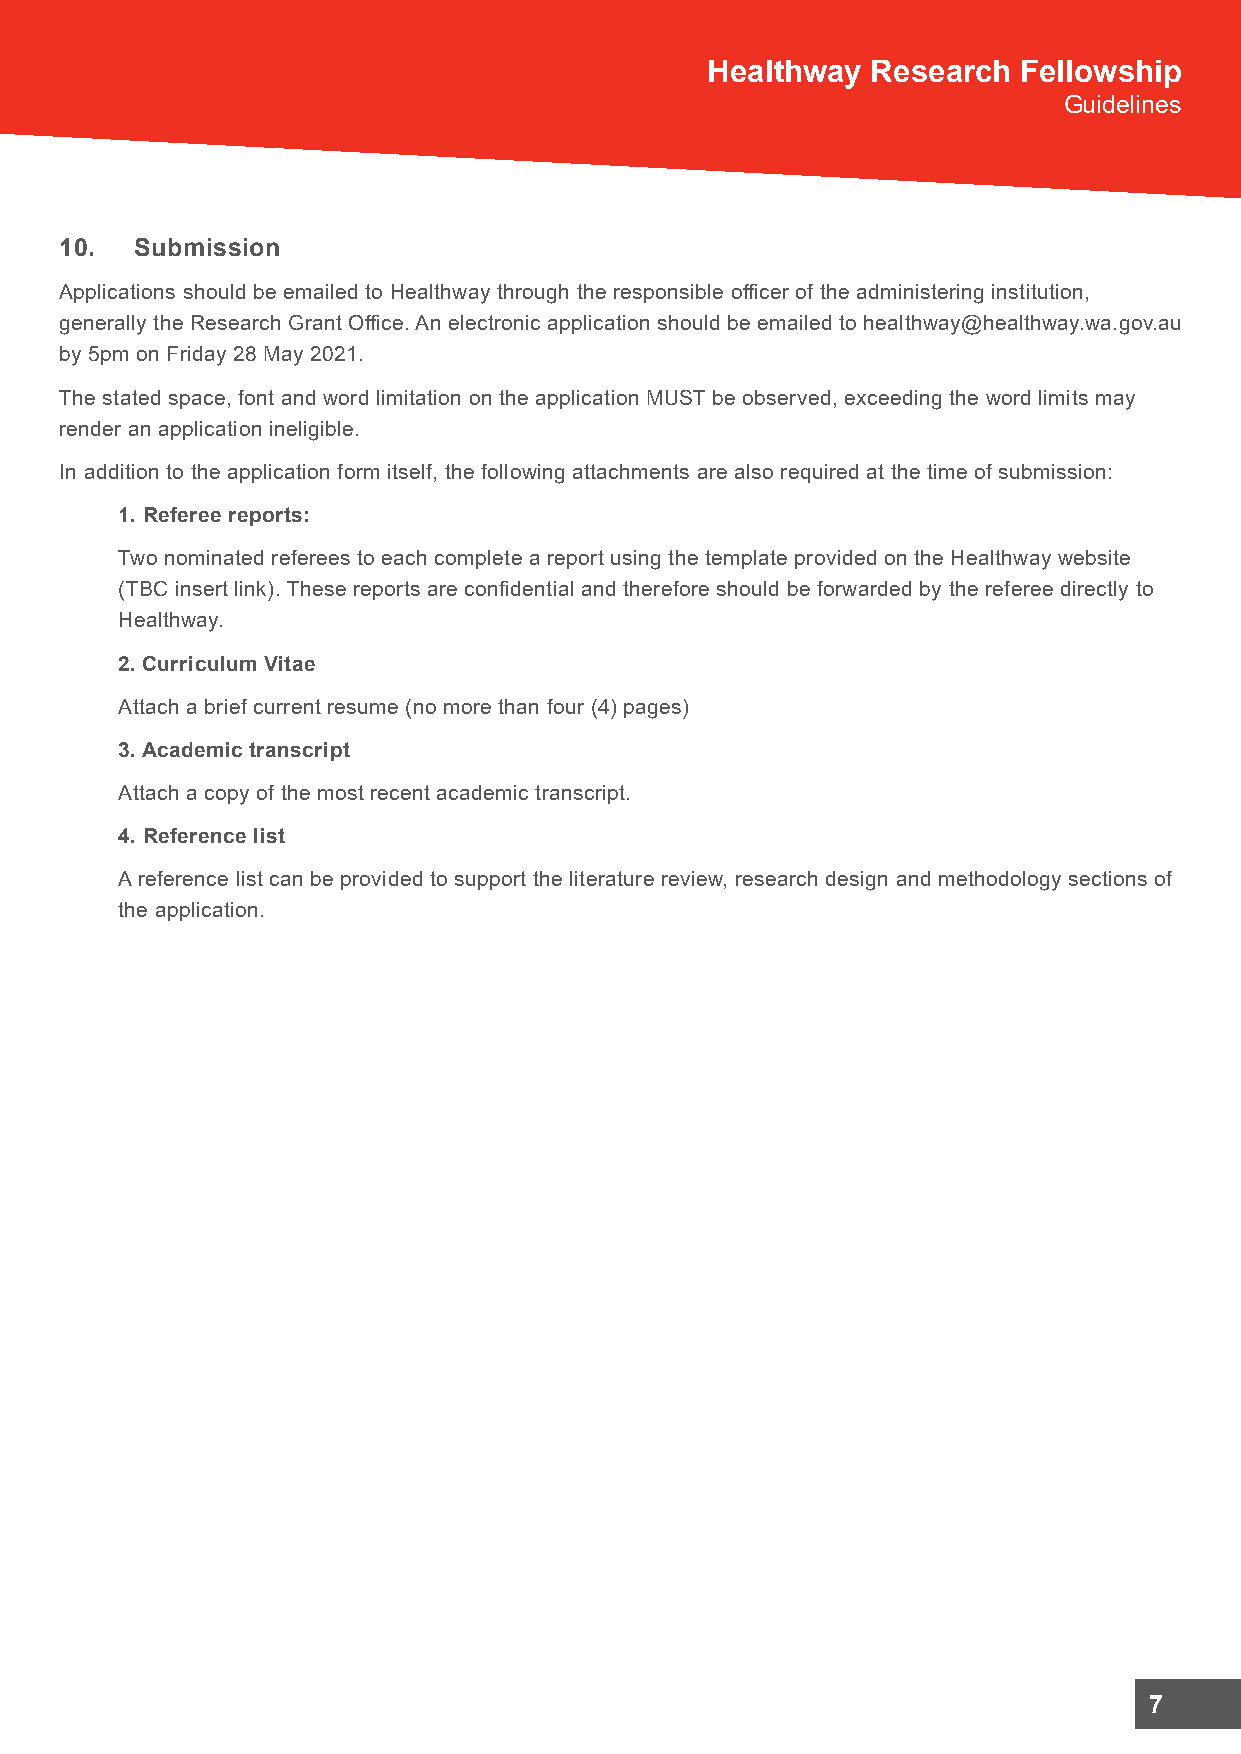
Healthway  Research  Fellowship
 Guidelines
 10.  Submission
 Applications should be emailed to Healthway through the responsible officer of the administering institution,
 generally the Research Grant Office. An electronic application should be emailed to healthway@healthway.wa.gov.au
 by 5pm on Friday 28 May 2021.
 The stated space, font and word limitation on the application MUST be observed, exceeding the word limits may
 render an application ineligible.
 In addition to the application form itself, the following attachments are also required at the time of submission:
 1. Referee reports:
 Two nominated referees to each complete a report using the template provided on the Healthway website
 (TBC insert link). These reports are confidential and therefore should be forwarded by the referee directly to
 Healthway.
 2. Curriculum Vitae
 Attach a brief current resume (no more than four (4) pages)
 3. Academic transcript
 Attach a copy of the most recent academic transcript.
 4. Reference list
 A reference list can be provided to support the literature review, research design and methodology sections of
 the application.
 7